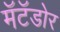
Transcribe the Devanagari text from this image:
मॅटॅडोर